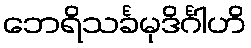
ဘေရိသင်္ခမုဒိင်္ဂါဟိ